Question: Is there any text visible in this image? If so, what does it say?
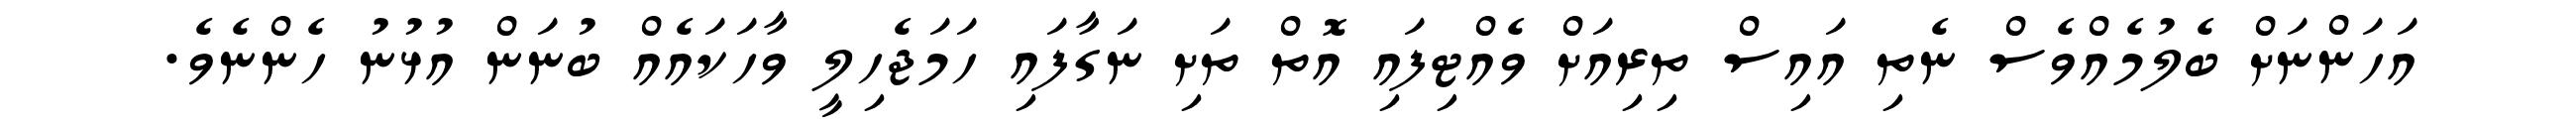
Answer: އަހަންނަށް ބެލުމެއްވެސް ނެތި އައިސް ތިރިއަށް ވެއްޓިފައި އޮތް ތަށި ނަގާފައި ހަމަޖެހިލީ ވާހަކައެއް ބުނަން އުޅުނު ހެންނެވެ.